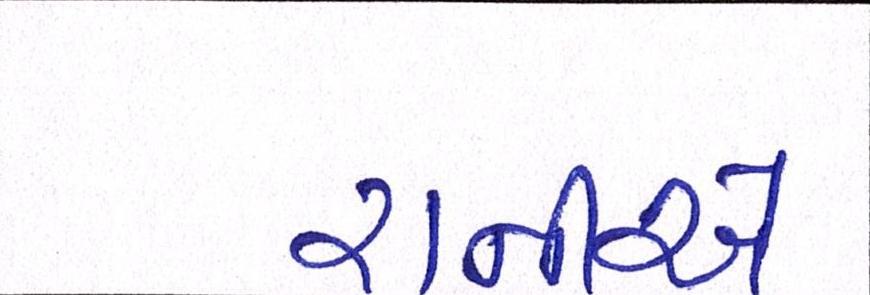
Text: રાનીએ